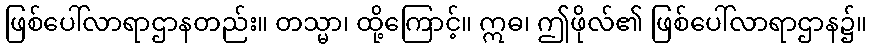
ဖြစ်ပေါ်လာရာဌာနတည်း။ တသ္မာ၊ ထို့ကြောင့်။ ဣဓ၊ ဤဖိုလ်၏ ဖြစ်ပေါ်လာရာဌာန၌။